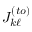
J _ { k \ell } ^ { ( t o ) }